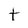
Character: t